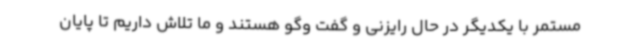
مستمر با یکدیگر در حال رایزنی و گفت وگو هستند و ما تلاش داریم تا پایان